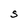
Character: S